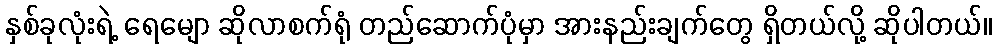
နှစ်ခုလုံးရဲ့ ရေမျော ဆိုလာစက်ရုံ တည်ဆောက်ပုံမှာ အားနည်းချက်တွေ ရှိတယ်လို့ ဆိုပါတယ်။